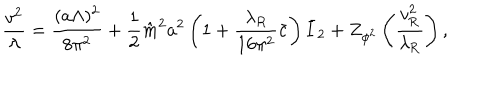
\frac { v ^ { 2 } } { \lambda } = \frac { ( a \Lambda ) ^ { 2 } } { 8 \pi ^ { 2 } } + \frac { 1 } { 2 } \hat { m } ^ { 2 } a ^ { 2 } \left( 1 + \frac { \lambda _ { R } } { 1 6 \pi ^ { 2 } } \bar { c } \right) \bar { I } _ { 2 } + Z _ { \phi ^ { 2 } } \left( \frac { v _ { \mathrm { R } } ^ { 2 } } { \lambda _ { \mathrm { R } } } \right) ,